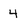
Character: 4